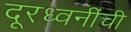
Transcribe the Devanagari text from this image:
दूरध्वनींची